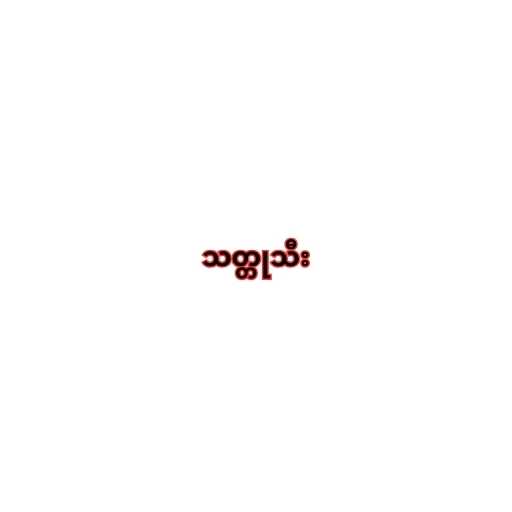
သတ္တုသီး